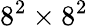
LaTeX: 8^{2}\times 8^{2}